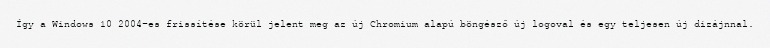
Így a Windows 10 2004-es frissítése körül jelent meg az új Chromium alapú böngésző új logoval és egy teljesen új dizájnnal.